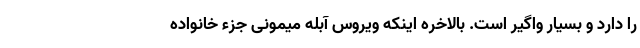
را دارد و بسیار واگیر است. بالاخره اینکه ویروس آبله میمونی جزء خانواده